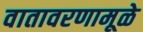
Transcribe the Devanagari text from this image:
वातावरणामूळे